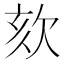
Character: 欬